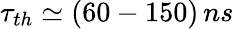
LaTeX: \tau_{th}\simeq(60-150)\, ns